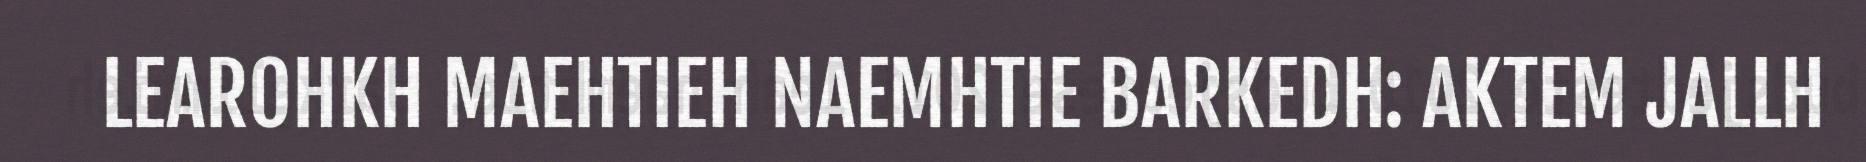
LEAROHKH MAEHTIEH NAEMHTIE BARKEDH: AKTEM JALLH